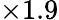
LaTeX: \times 1.9